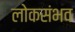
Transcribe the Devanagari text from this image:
लोकसंभव